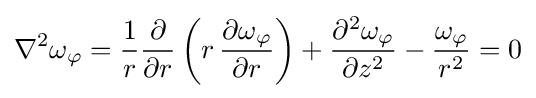
\nabla ^{2}\omega _{\varphi }={\frac {1}{r}}{\frac {\partial }{\partial r}}\left(r\,{\frac {\partial \omega _{\varphi }}{\partial r}}\right)+{\frac {\partial ^{2}\omega _{\varphi }}{\partial z^{2}}}-{\frac {\omega _{\varphi }}{r^{2}}}=0